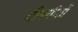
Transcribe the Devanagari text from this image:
दीपगीतों